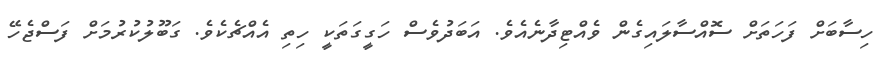
ހިސާބަށް ފަހަތަށް ސޮއްސާލައިގެން ވެއްޓިދާނެއެވެ. އަބަދުވެސް ހަގީގަތަކީ ހިތި އެއްޗެކެވެ. ގަބޫލުކުރުމަށް ފަސްޖެހޭ